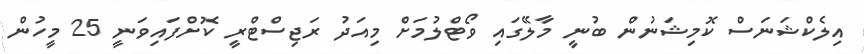
އިލެކްޝަނަސް ކޮމިޝަނުން ބުނީ މާލޭގައި ވޯޓްލުމަށް މިއަދު ރަޖިސްޓްރީ ކޮށްފައިވަނީ 25 މީހުން